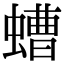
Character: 螬